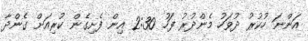
އަންނަ ހުކުރު ދުވަހު މެންދުރު ފަހު 2:30 އިން ފެށިގެން ކުރިއަށް ގެންދާ